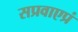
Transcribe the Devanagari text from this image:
सप्रवाएप्रं